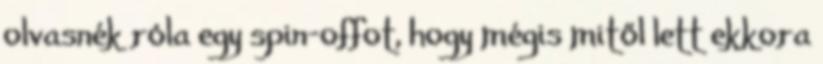
olvasnék róla egy spin-offot, hogy mégis mitől lett ekkora